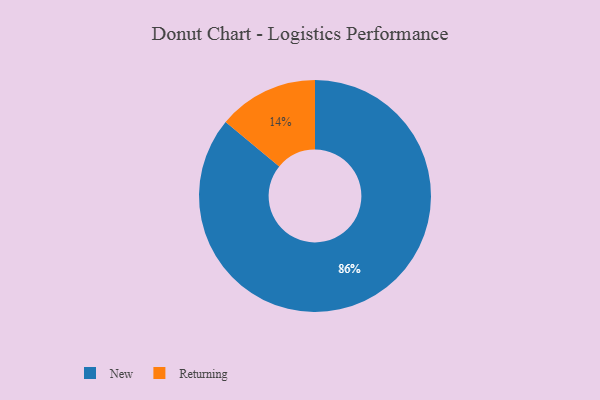
{"axis": {"x": "Category", "y": "Percentage"}, "legend": ["New", "Returning"], "data": [{"x": "Returning", "y": 14, "type": "Returning"}, {"x": "New", "y": 86, "type": "New"}]}